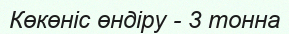
Көкөніс өндіру - 3 тонна